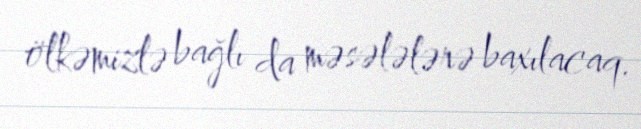
ölkəmizlə bağlı da məsələlərə baxılacaq.